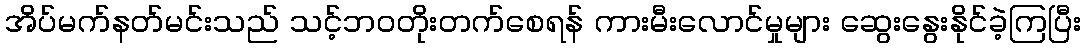
အိပ်မက်နတ်မင်းသည် သင့်ဘဝတိုးတက်စေရန် ကားမီးလောင်မှုများ ဆွေးနွေးနိုင်ခဲ့ကြပြီး